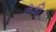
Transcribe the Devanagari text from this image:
लेकी।